Tartu_pedagoogiumi_aruanded, lk 11
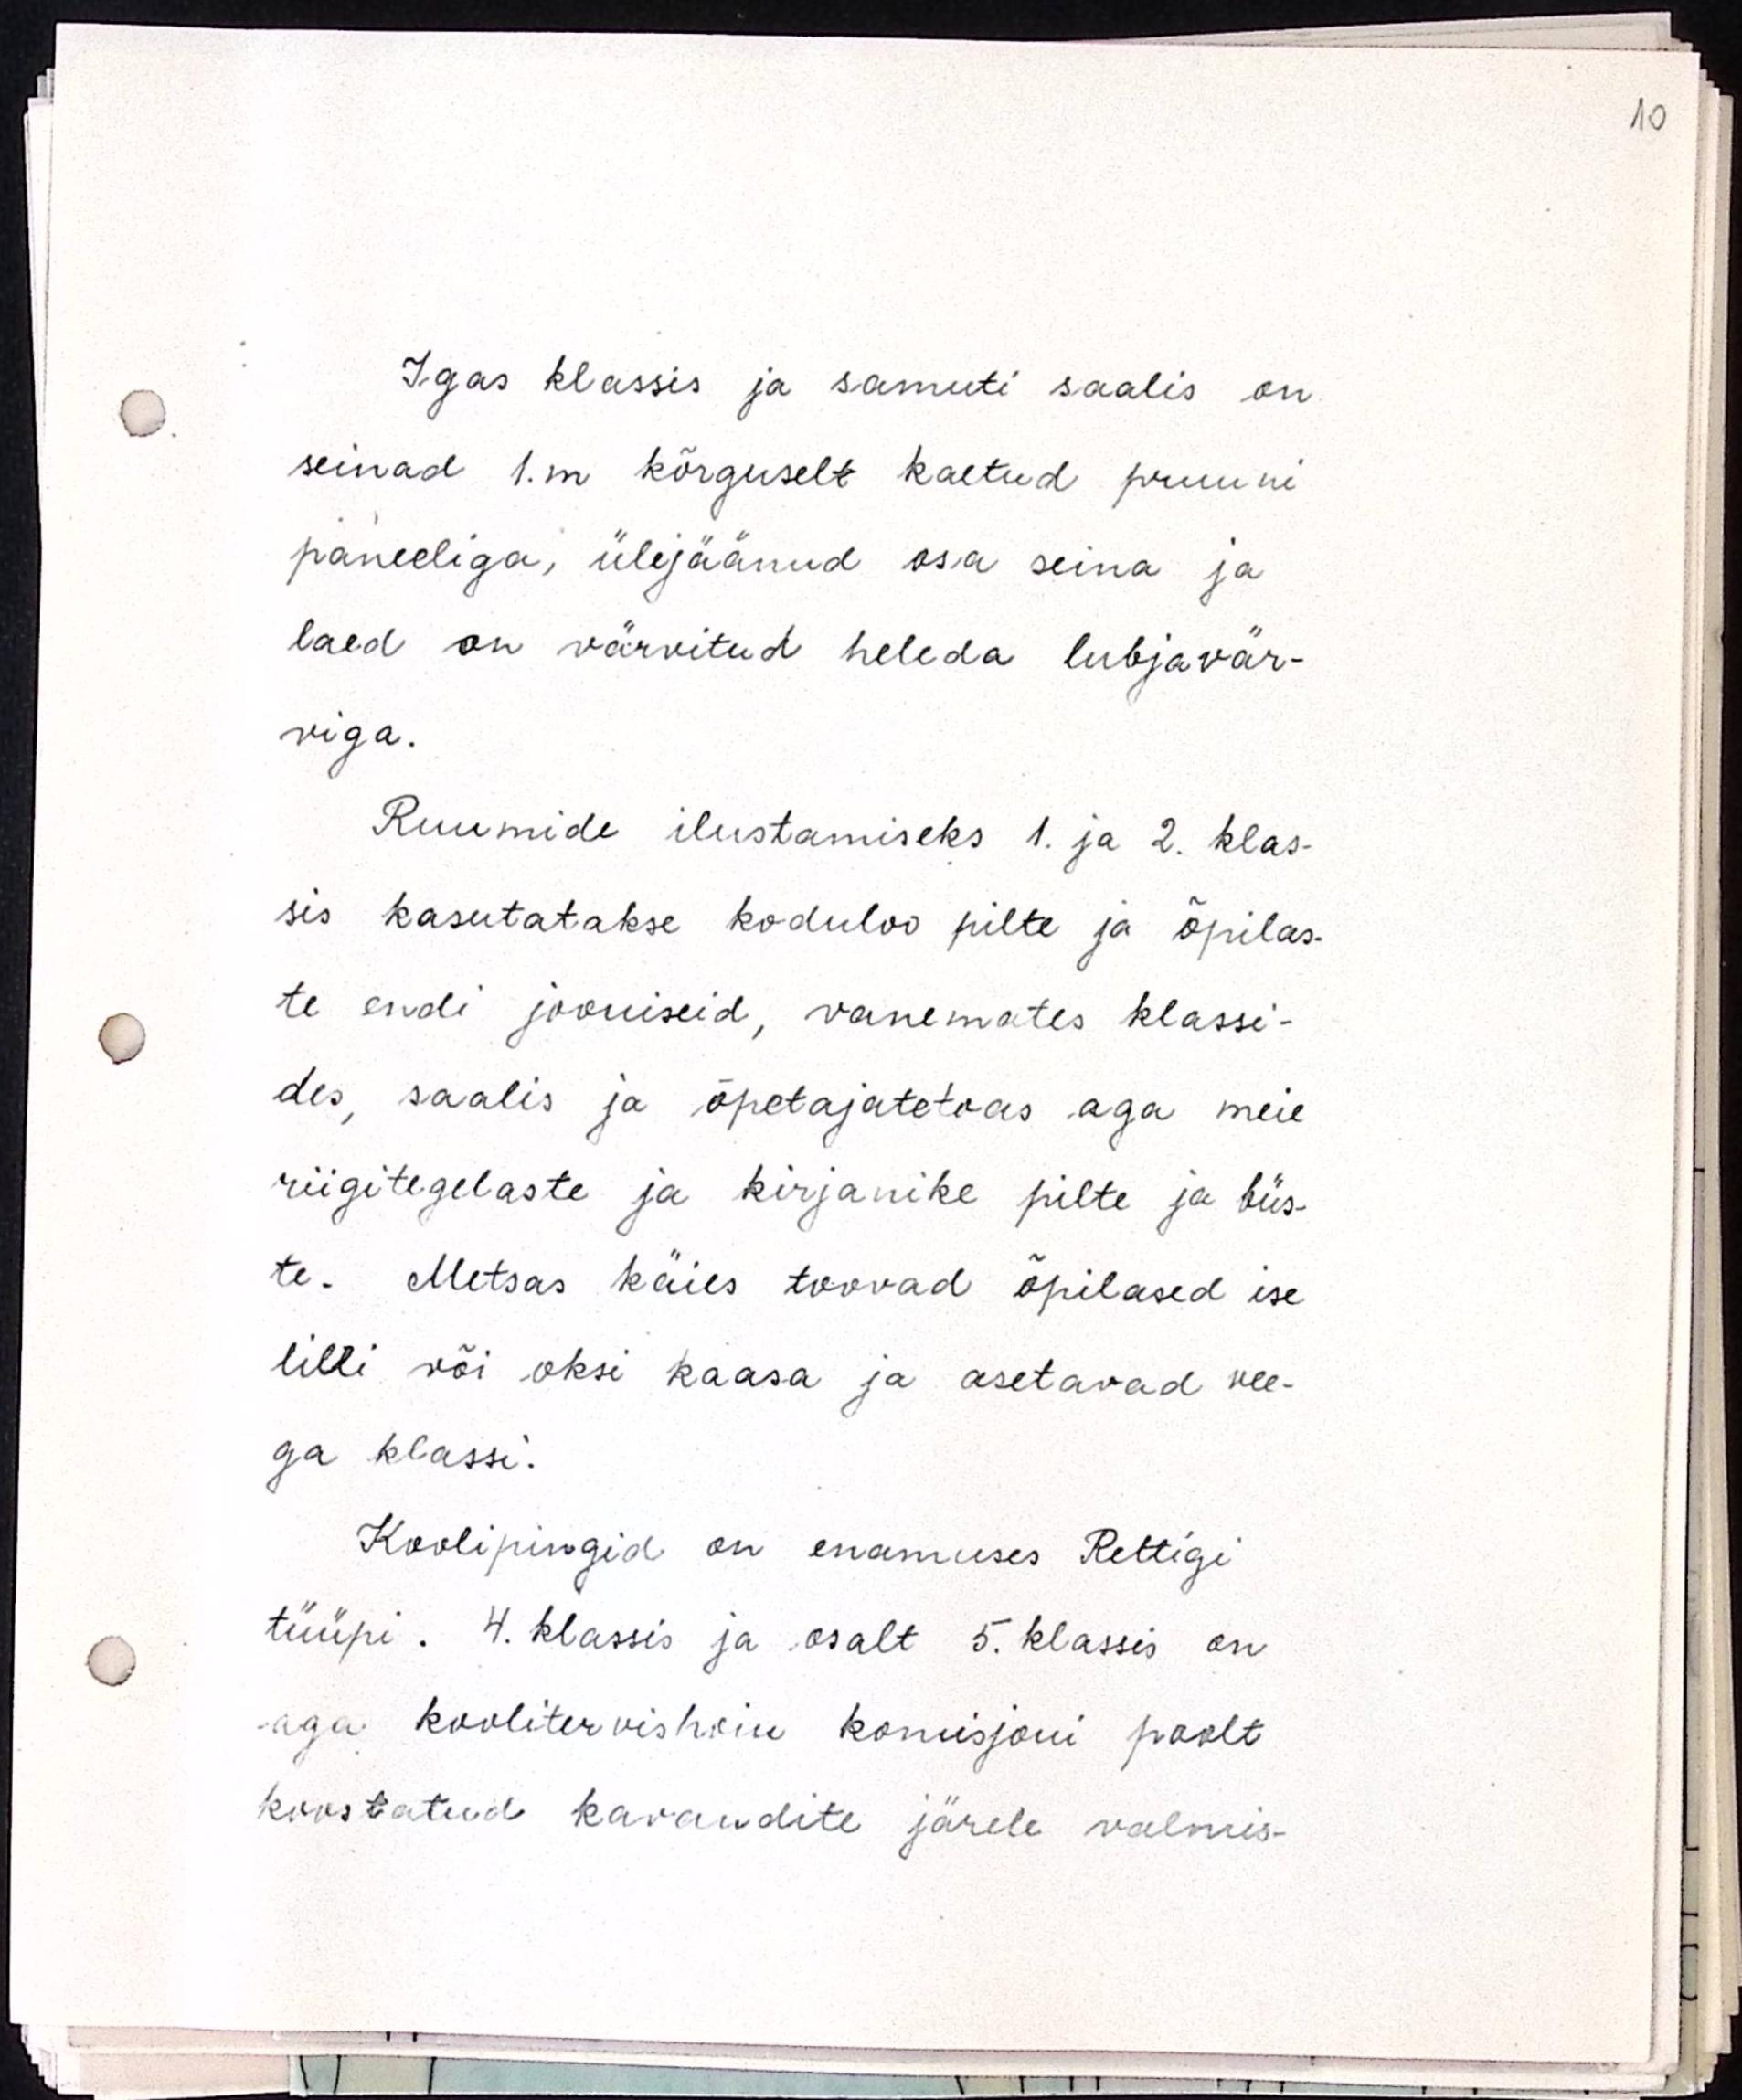
Igas klassis ja samuti saalis on
seinad 1.m kõrguselt kaetud pruuni
paneeliga, ülejäänud osa seina ja
laed on värvitud heleda lubjavär-
viga.
Ruumide ilustamiseks 1. ja 2. klas-
sis kasutatakse koduloo pilte ja õpilas-
te endi jooniseid, vanemates klassi-
des, saalis ja õpetajatetoas aga meie
riigitegelaste ja kirjanike pilte ja büs-
te. Metsas käies toovad õpilased ise
lilli või oksi kaasa ja asetavad vee-
ga klassi.
Koolipingid on enamuses Rettigi
tüüpi. 4. klassis ja osalt 5. klassis on
aga koolitervishoiu komisjoni poolt
kinnitatud kavandite järele valmis-